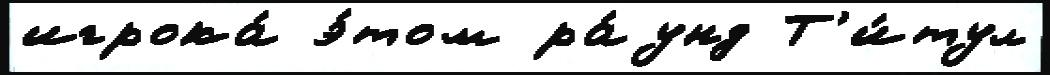
игрока́ э́том ра́унд Т'и́тул